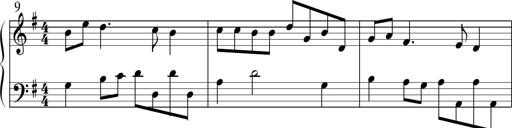
Title: Sonatine No.1 in E minor
Composer: Klaus Jung
Key: E minor